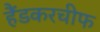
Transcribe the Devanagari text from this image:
हैंडकरचीफ